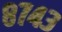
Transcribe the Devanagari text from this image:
८७४३